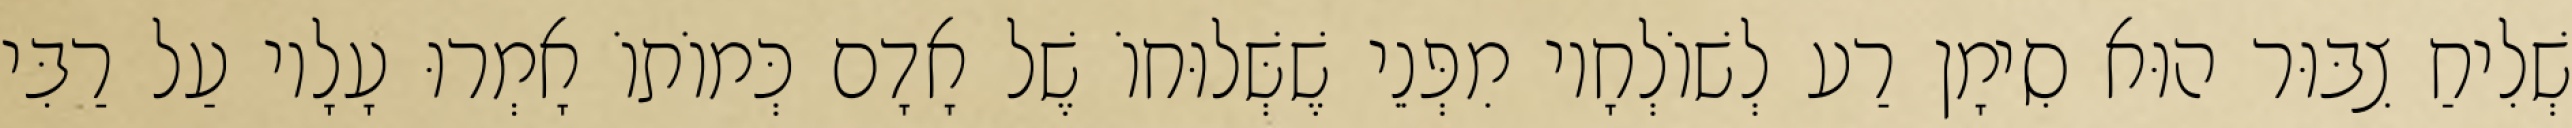
שְׁלִיחַ צִבּוּר הוּא סִימָן רַע לְשׁוֹלְחָיו מִפְּנֵי שֶׁשְּׁלוּחוֹ שֶׁל אָדָם כְּמוֹתוֹ אָמְרוּ עָלָיו עַל רַבִּי